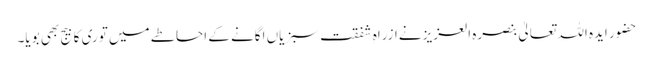
حضور ایدہ اللہ تعالیٰ بنصرہ العزیز نےازراہِ شفقت سبزیاں اگانے کے احاطے میں توری کا بیج بھی بویا۔